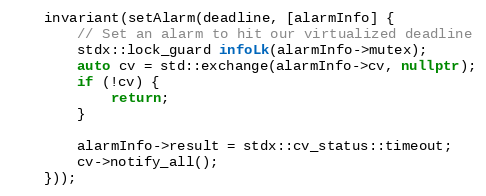
Language: C++
    invariant(setAlarm(deadline, [alarmInfo] {
        // Set an alarm to hit our virtualized deadline
        stdx::lock_guard infoLk(alarmInfo->mutex);
        auto cv = std::exchange(alarmInfo->cv, nullptr);
        if (!cv) {
            return;
        }

        alarmInfo->result = stdx::cv_status::timeout;
        cv->notify_all();
    }));